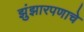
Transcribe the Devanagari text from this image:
झुंझारपणाचे